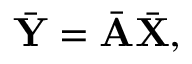
\bar { \mathbf { Y } } = \bar { \mathbf { A } } \bar { \mathbf { X } } ,